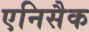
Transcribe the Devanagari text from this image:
एनिसैक